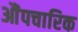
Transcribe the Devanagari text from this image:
औंपचारिक